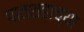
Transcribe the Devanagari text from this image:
पातशहाच्या